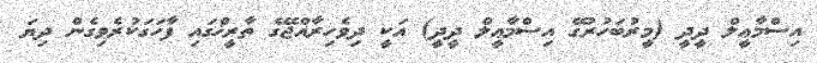
އިސްމާޢީލް ދީދީ (މީރުބަހުރުގޭ އިސްމާޢީލް ދީދީ) އަކީ ދިވެހިރާއްޖޭގެ ތާރީޚްގައި ފާހަގަކުރެވިގެން ދިޔަ